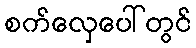
စက်လှေပေါ်တွင်